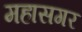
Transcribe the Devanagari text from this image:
महासगर